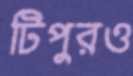
টিপুরও